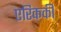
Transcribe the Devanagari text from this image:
एरिककी